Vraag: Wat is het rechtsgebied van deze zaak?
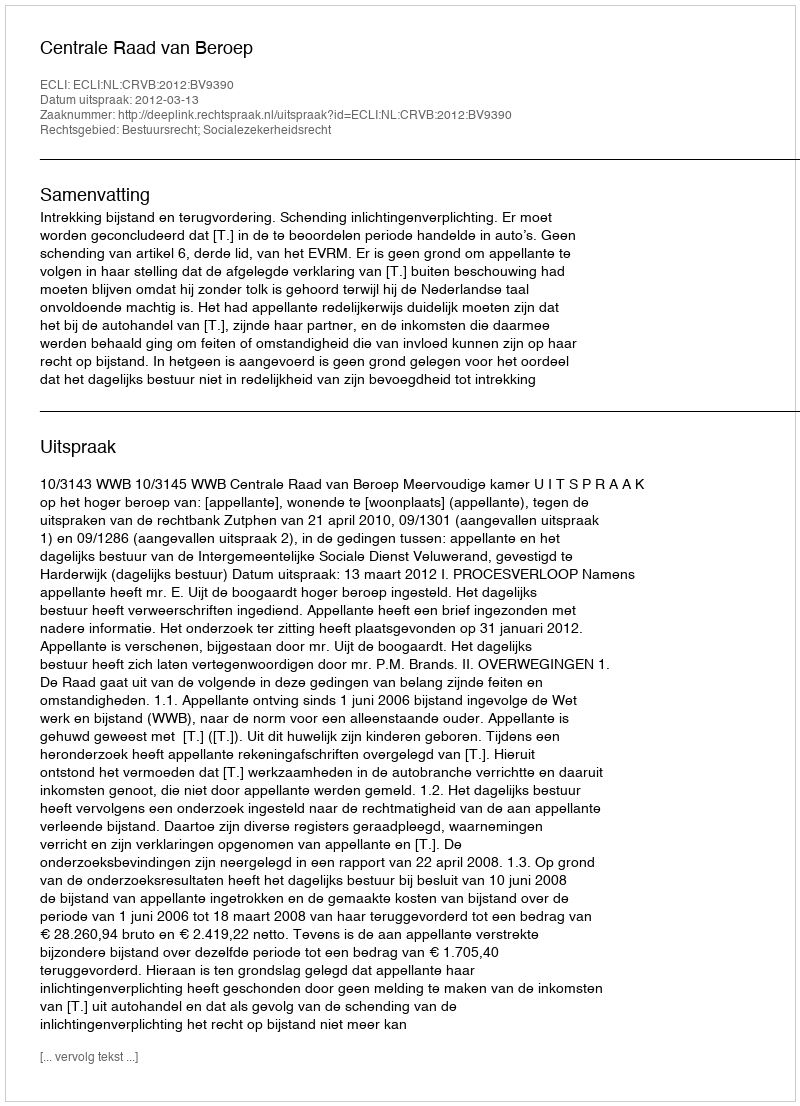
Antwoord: Bestuursrecht; Socialezekerheidsrecht